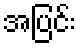
အပြင်း